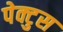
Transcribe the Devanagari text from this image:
पेक्टुस